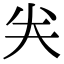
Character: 龹